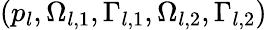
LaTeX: \left({{p}_{l}},{{\Omega}_{l,1}},{{\Gamma}_{l,1}},{{\Omega}_{l,2}},{{\Gamma}_{l,2}}\right)